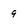
Character: 9